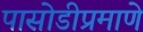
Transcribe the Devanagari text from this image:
पासोडीप्रमाणे